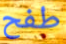
طفح